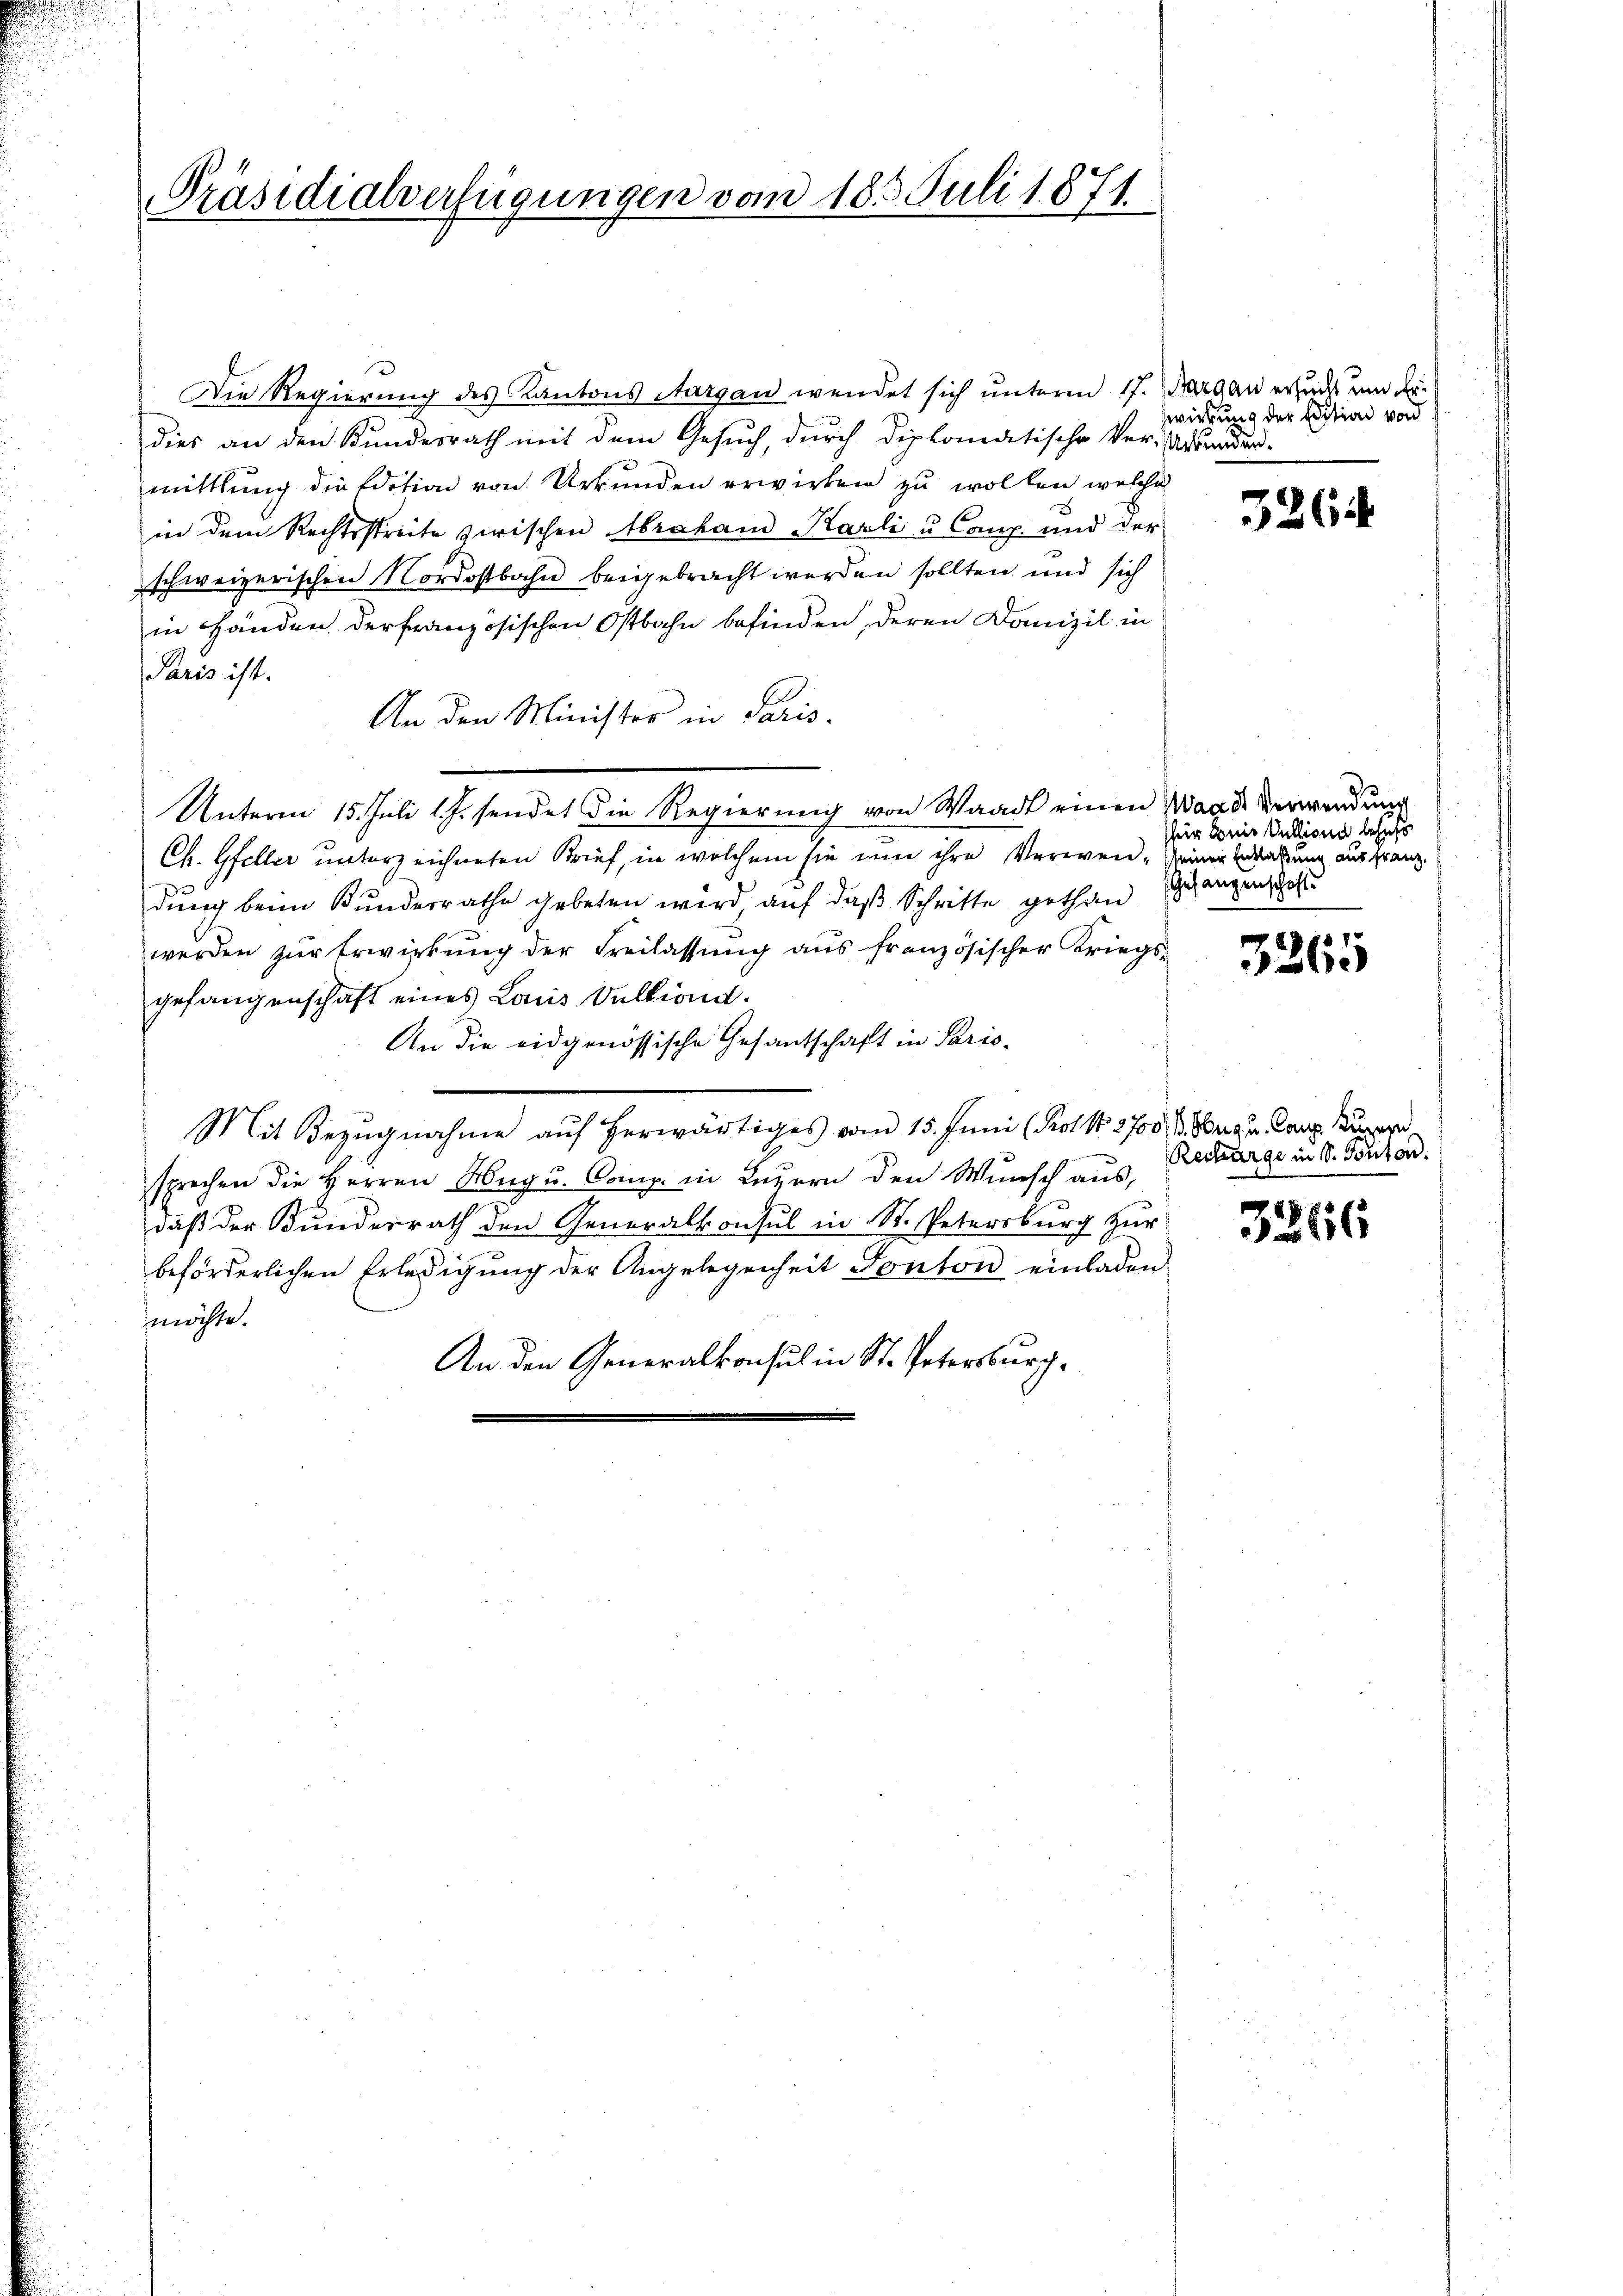
Präsidialverfügungen vom 18. Juli 1871

Die Regierung des Kantons Aargau wendet sich unterm 17. Margau erzicht und der
dies an den Bundesrath mit dem Gesuch, durch diplomatische Ver-Arranden-
mittlung die Edition von Urkunden erwirken zu wollen, welche
in dem Rechtsstreite zwischen Abrahand Karli u. Comp. und der
schweizerischen Nordostbahn beigebracht werden sollten und sich
in Händen der französischen Ostbahn befinden, deren Domizil in
Paris ist.
An den Minister in Paris.
Unterm 15. Juli l. J. sendet die Regierung von Waadt einen Waadt verwendung
Ch. Gfeller unterzeichneten Brief, in welchem sie nun ihre Verwen-seiner Erderung aus franz.
dung beim Kunderrathe gebeten wird, auf das Schritte gethan
werden zur Erwirkung der Freilassung aus französischer Kriegs-
gefangenschaft eines Laus Vulliond.
An die eidgenössische Gesantschaft in Paris-
Mit Bezŭgnahme aŭf herwärtiges vom 15. Juni (Prot. 2700 M. Brig u. Canz. Super
sprechen die Herren Abeg u. Comp. in Leuern den Wunsch aus,
daß der Kunderrath den Generalkonsul in St. Petersburg zur
beförderlichen Erledigung der Angelegenheit Ponton einladen
möchte.
An den Generalkonsul in St. Petersburch¬

wirkung der Edition von

3264

für Bonis Vullione behufs
Gefangenschaft.

3265

Recharge in S. Ponton.

3266